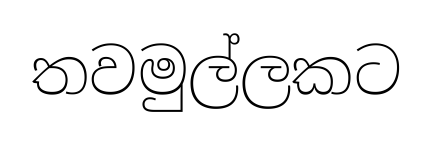
තවමුල්ලකට